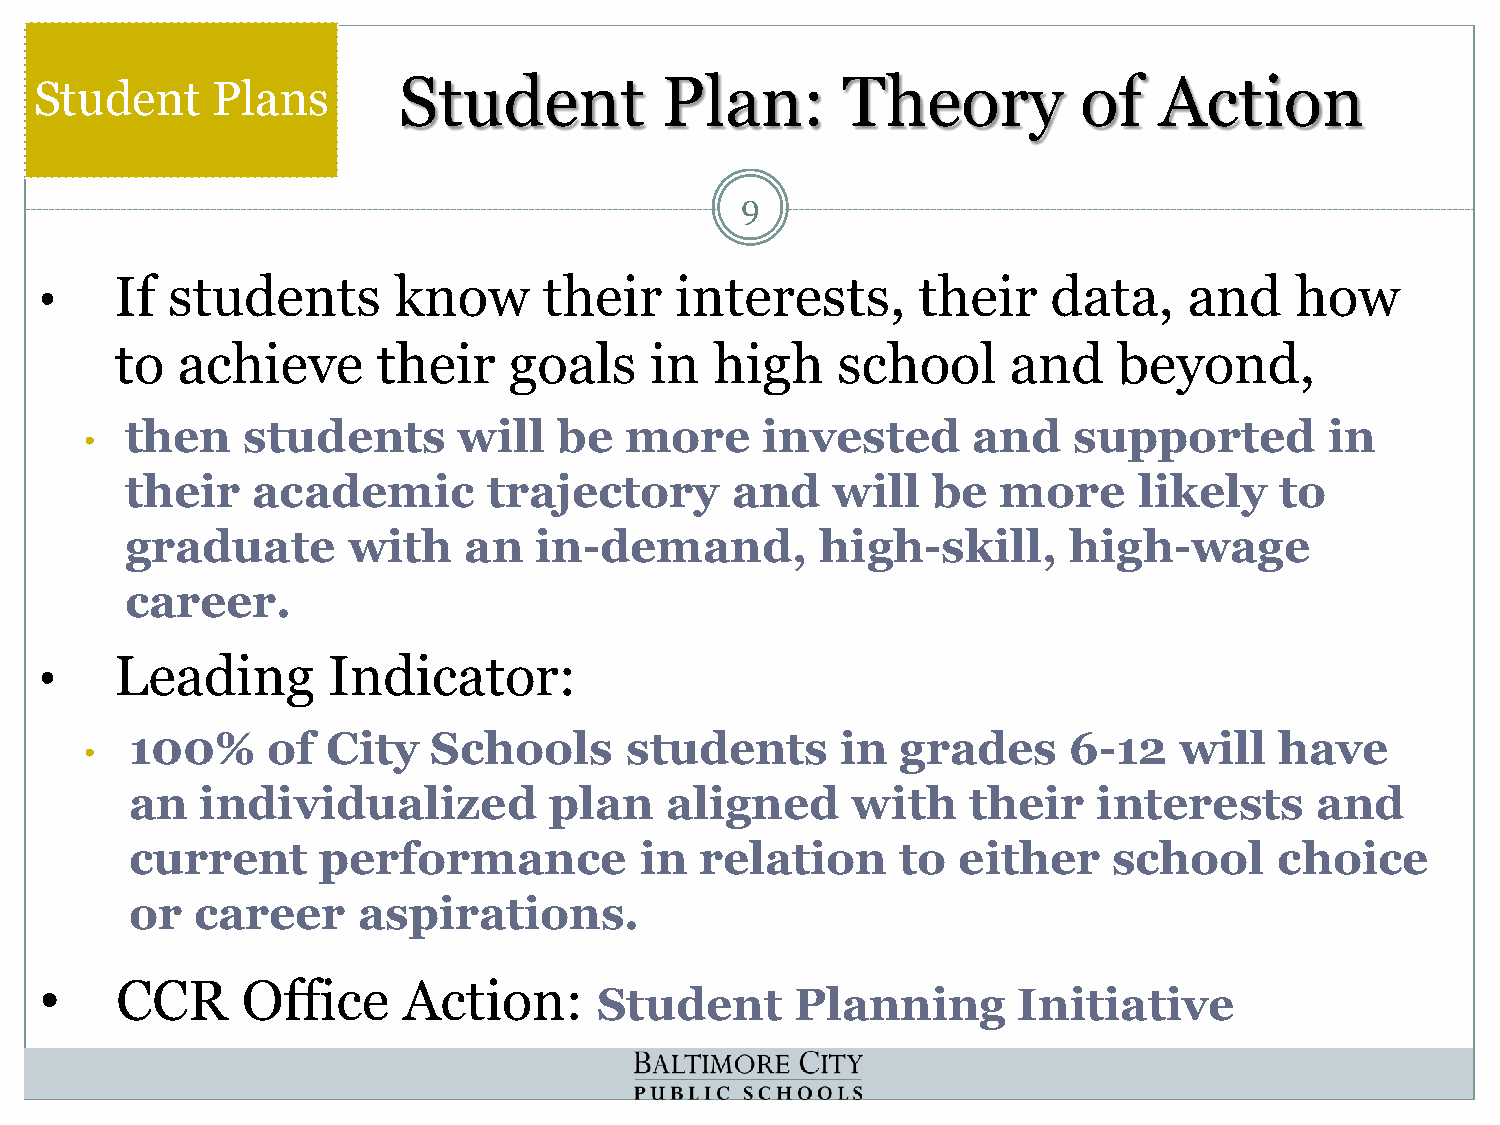
Student     Plans       Student           Plan:       Theory          of   Action
 9
 If students       know      their    interests,      their    data,    and    how
 •
 to  achieve      their    goals    in  high    school      and    beyond,
 then    students      will   be  more     invested      and    supported        in
 •
 their    academic       trajectory      and    will   be  more     likely    to
 graduate       with    an  in-demand,         high-skill,      high-wage
 career.
 Leading       Indicator:
 •
 100%     of  City   Schools     students       in  grades     6-12   will   have
 •
 an  individualized         plan    aligned     with    their    interests     and
 current     performance          in  relation      to either     school     choice
 or  career     aspirations.
 •    CCR     Office     Action:
 Student      Planning      Initiative